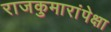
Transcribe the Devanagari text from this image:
राजकुमारांपेक्षा